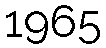
1965